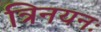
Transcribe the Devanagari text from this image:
त्रिनयनः